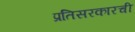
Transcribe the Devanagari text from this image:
प्रतिसरकारची